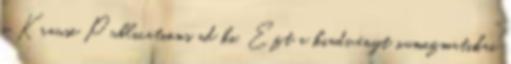
a Krause Publications ad ki. Ezt a kiadványt numizmatikai